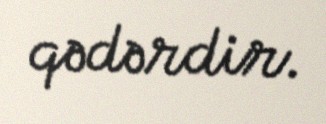
qədərdir.